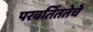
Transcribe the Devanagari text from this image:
परवर्तिततेचे